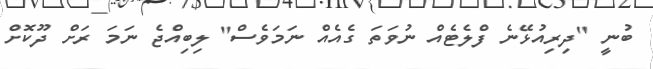
ބުނީ "ދިރިއުޅޭނެ ފްލެޓެއް ނުވަތަ ގެއެއް ނަމަވެސް" ލިބިއްޖެ ނަމަ ރަށް ދޫކޮށް